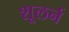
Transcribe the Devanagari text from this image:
शूलर्न